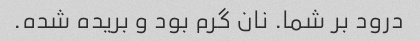
درود بر شما. نان گرم بود و بریده شده.